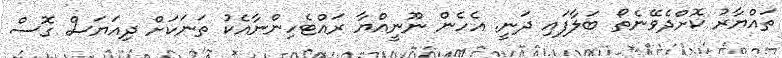
ތައްޔާރު ކޮށްދެވޭނެތޯ ބަލާފައި ދަނީ. އެހެން ނޫނީއްޔާ ރައްޓެހިންނާއެކު ތަނަކަށް ދިއަޔަސް ގޮސް